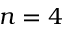
n = 4